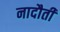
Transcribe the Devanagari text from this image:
नादौती